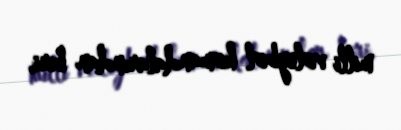
milli voleybol komandalarından biri.